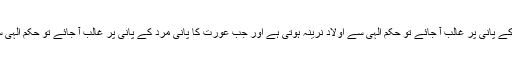
جب مرد کا پانی عورت کے پانی پر غالب آ جائے تو حکم الٰہی سے اولاد نرینہ ہوتی ہے اور جب عورت کا پانی مرد کے پانی پر غالب آ جائے تو حکم الٰہی سے اولاد لڑکی ہوتی ہے۔